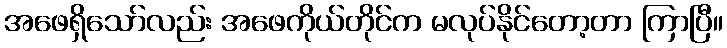
အဖေရှိသော်လည်း အဖေကိုယ်တိုင်က မလုပ်နိုင်တော့တာ ကြာပြီ။